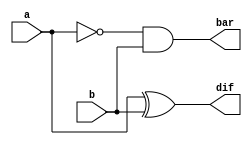
module half_sub(
  input a,b,
  output dif,bar);
  wire x;
  not (x,a);
  xor (dif,a,b);
  and (bar,x,b);
endmodule